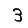
Digit: 3